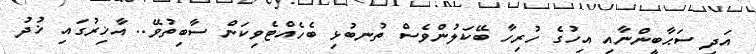
އަދި ސަޙާބީންނާއި އިހުގެ ހުރިހާ ބޭކަލުންވެސް ތުނބުޅި ބެހެއްޓެވިކަން ސާބިތުވޭ.. އާޚިރުގައި ޚުދު